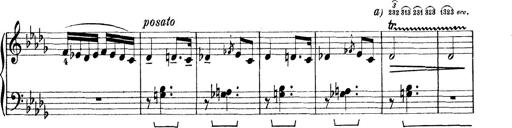
Title: Rapsodie: 19 ungheresi, 1 spagnuola
Composer: Franz Liszt